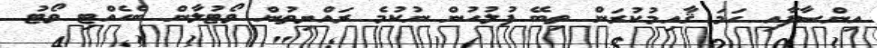
އިންސާފާއި ހަމަ ޤާއިމުކުރަން ތިބޭ ފުލުހުން ނުކުމެ ރައްޔިތުން ވޯޓުލާން ބެހެއްޓި ވޯޓު